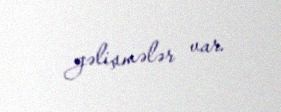
gəlişmələr var.